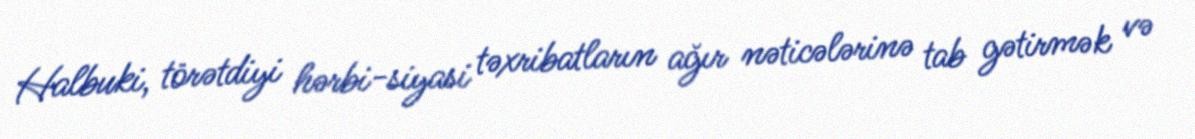
Halbuki, törətdiyi hərbi-siyasi təxribatların ağır nəticələrinə tab gətirmək və